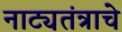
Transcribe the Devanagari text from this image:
नाट्यतंत्राचे